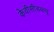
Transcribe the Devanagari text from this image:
केवीसीडब्ल्यू